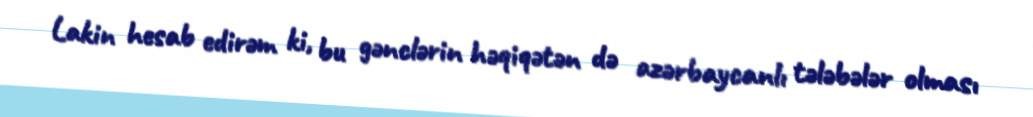
Lakin hesab edirəm ki, bu gənclərin həqiqətən də azərbaycanlı tələbələr olması